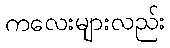
ကလေးများလည်း